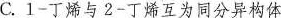
C.1-丁烯与2-丁烯互为同分异构体